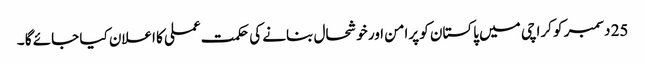
25 دسمبر کو کراچی میں پاکستان کو پرامن اور خوشحال بنانے کی حکمت عملی کا اعلان کیا جائے گا ۔